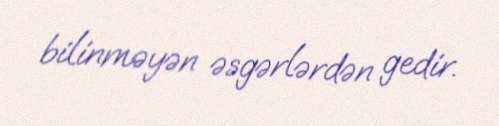
bilinməyən əsgərlərdən gedir.